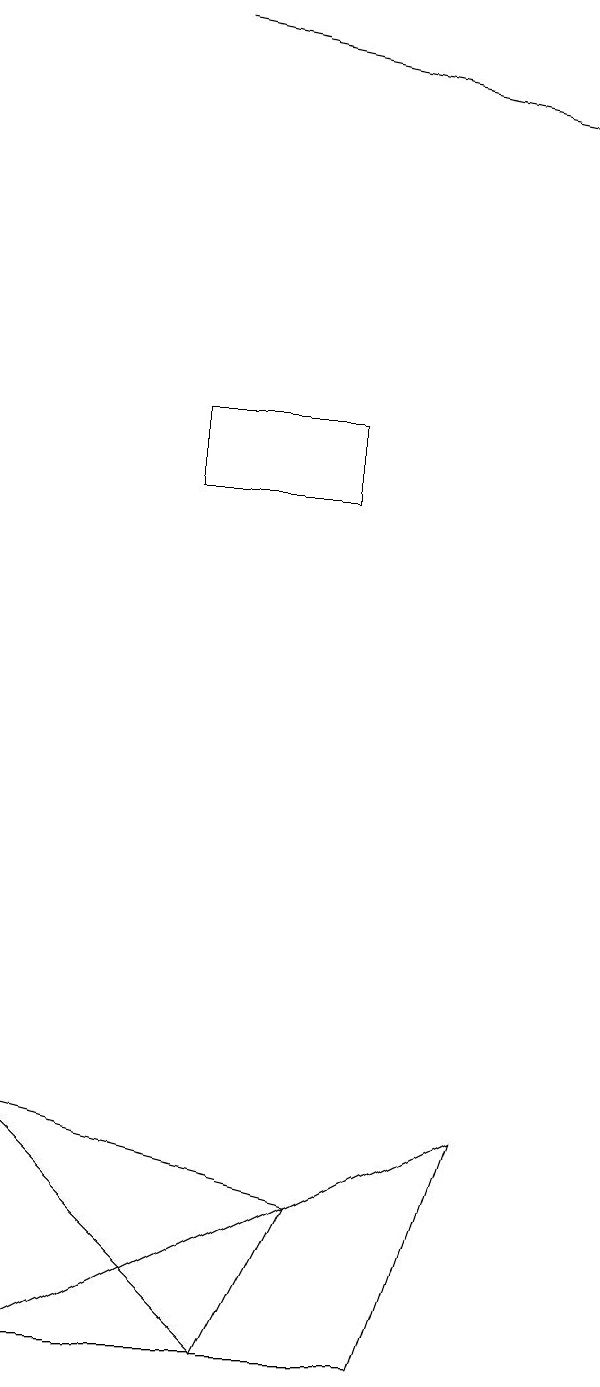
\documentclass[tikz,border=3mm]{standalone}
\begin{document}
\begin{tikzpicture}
\draw (6,12) rectangle (4,13);
\draw (6,3) -- (5,1) -- (2,4) -- cycle;
\draw[->] (4,18) -- (9,17);
\draw (2,1) -- (8,4) -- (7,1) -- cycle;
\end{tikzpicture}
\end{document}